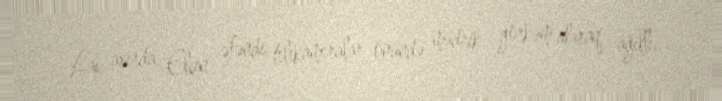
Lap axırda Elçin əfəndi telekameralar önündə müdrik görkəm alaraq, ağıllı,